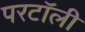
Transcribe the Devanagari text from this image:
परटॉली